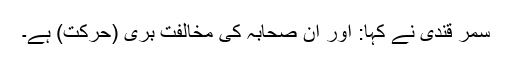
سمر قندی نے کہا: اور ان صحابہ کی مخالفت بُری (حرکت) ہے۔